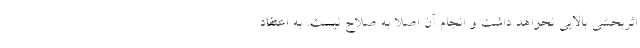
اثربخشی بالایی نخواهد داشت و انجام آن اصلا به صلاح نیست. به اعتقاد